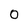
Character: 0